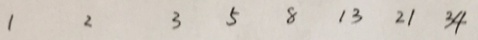
1 2 3 5 8 1 3 2 1 3 4